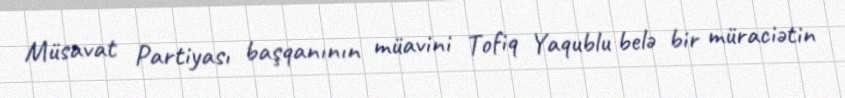
Müsavat Partiyası başqanının müavini Tofiq Yaqublu belə bir müraciətin